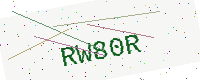
Text: RW80R